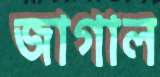
জাগাল